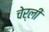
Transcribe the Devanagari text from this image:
चेर्ली